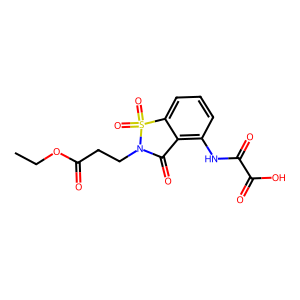
SMILES: CCOC(=O)CCN1C(=O)c2c(NC(=O)C(=O)O)cccc2S1(=O)=O
Inhibits HIV replication: No